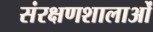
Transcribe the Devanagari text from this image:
संरक्षणशालाओं